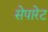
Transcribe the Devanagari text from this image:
सेपारेट